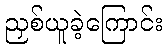
ညှစ်ယူခဲ့ကြောင်း